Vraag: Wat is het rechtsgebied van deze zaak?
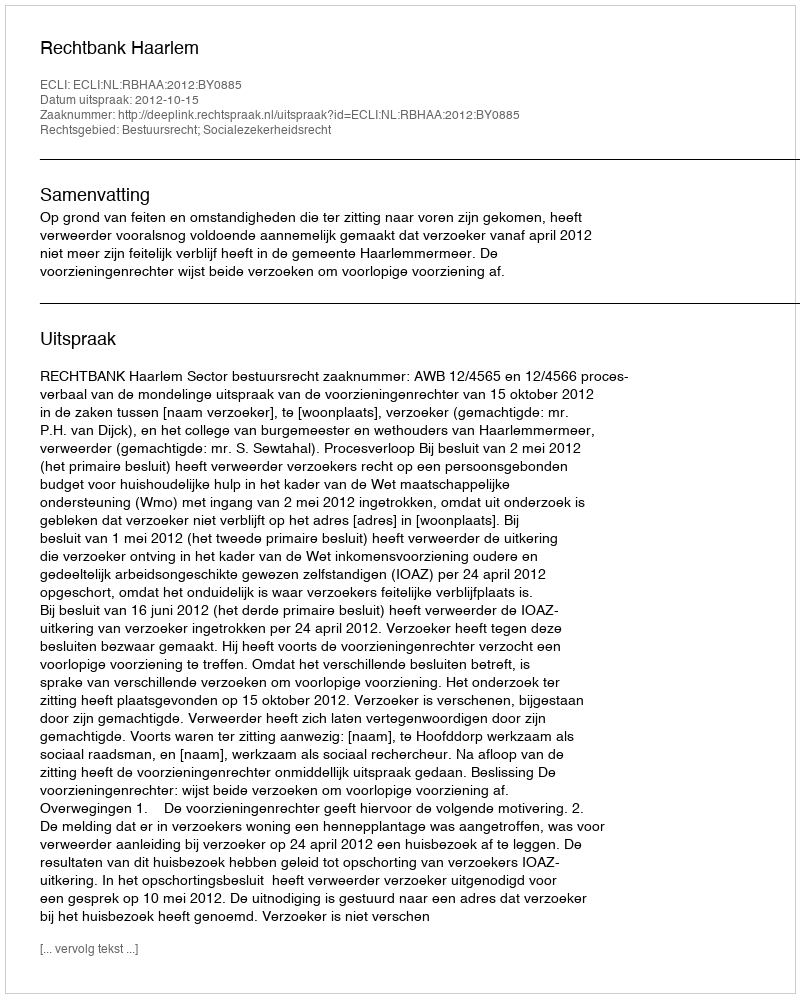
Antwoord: Bestuursrecht; Socialezekerheidsrecht